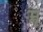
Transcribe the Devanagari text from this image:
मॣ